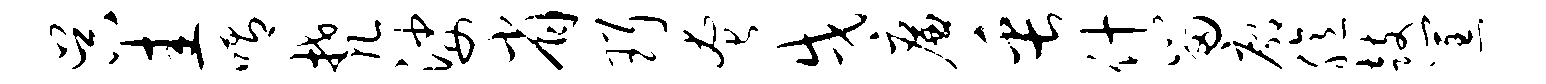
吴圭喟梵娑省珥奄戌廉缶什留廓臆鼓筐